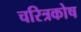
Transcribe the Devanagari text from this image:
चरित्रकोष